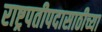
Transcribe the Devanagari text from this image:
राष्ट्रपतीपदासाठीच्या